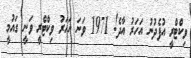
ވިކްޓްރީ އުފެދުނު އަހަރު އާދެ! 1971 ވަނަ އަހަރު ވިކްޓްރީ ވަނީ ގައުމީ